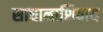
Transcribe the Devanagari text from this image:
साधानाशिवाय